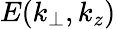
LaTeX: E(k_{\perp},k_{z})